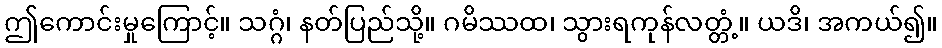
ဤကောင်းမှုကြောင့်။ သဂ္ဂံ၊ နတ်ပြည်သို့။ ဂမိဿထ၊ သွားရကုန်လတ္တံ့။ ယဒိ၊ အကယ်၍။